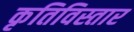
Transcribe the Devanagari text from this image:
कृतिविस्तार